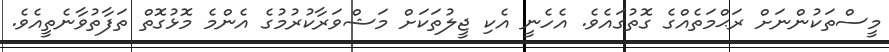
މީސްތަކުންނަށް ރަޙްމަތެއްގެ ގޮތުގައެވެ. އެހެނީ އެކި ޖީލުތަކަށް މަޝްވަރާކުރުމުގެ އެންމެ މޮޅުގޮތް ތަފާތުވާނެތީއެވެ.